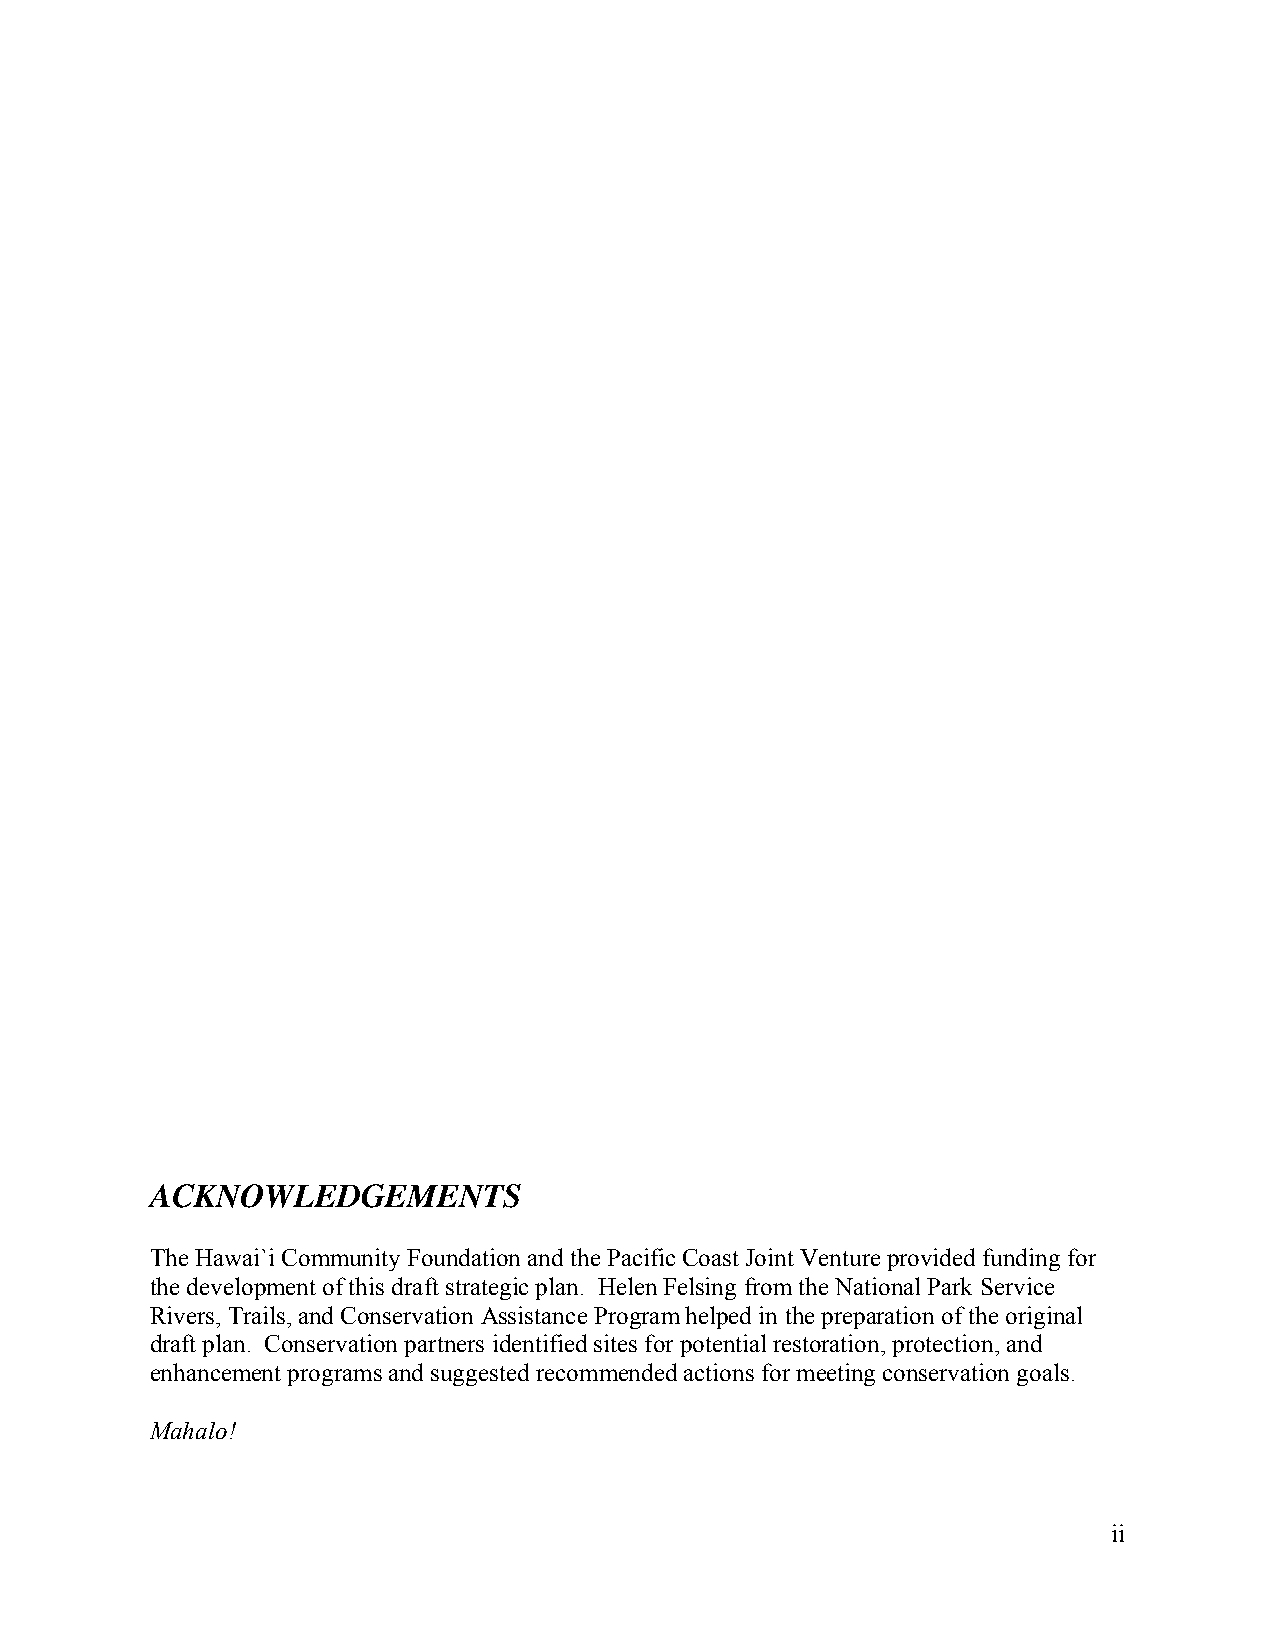
ACKNOWLEDGEMENTS
 The Hawai`i Community Foundation and the Pacific Coast Joint Venture provided funding for
 the development of this draft strategic plan. Helen Felsing from the National Park Service
 Rivers, Trails, and Conservation Assistance Program helped in the preparation of the original
 draft plan. Conservation partners identified sites for potential restoration, protection, and
 enhancement programs and suggested recommended actions for meeting conservation goals.
 Mahalo!
 ii